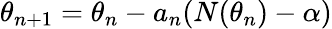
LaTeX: \theta_{n+1}=\theta_{n}-a_{n}(N(\theta_{n})-\alpha)